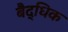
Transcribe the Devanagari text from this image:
बैद्धिक